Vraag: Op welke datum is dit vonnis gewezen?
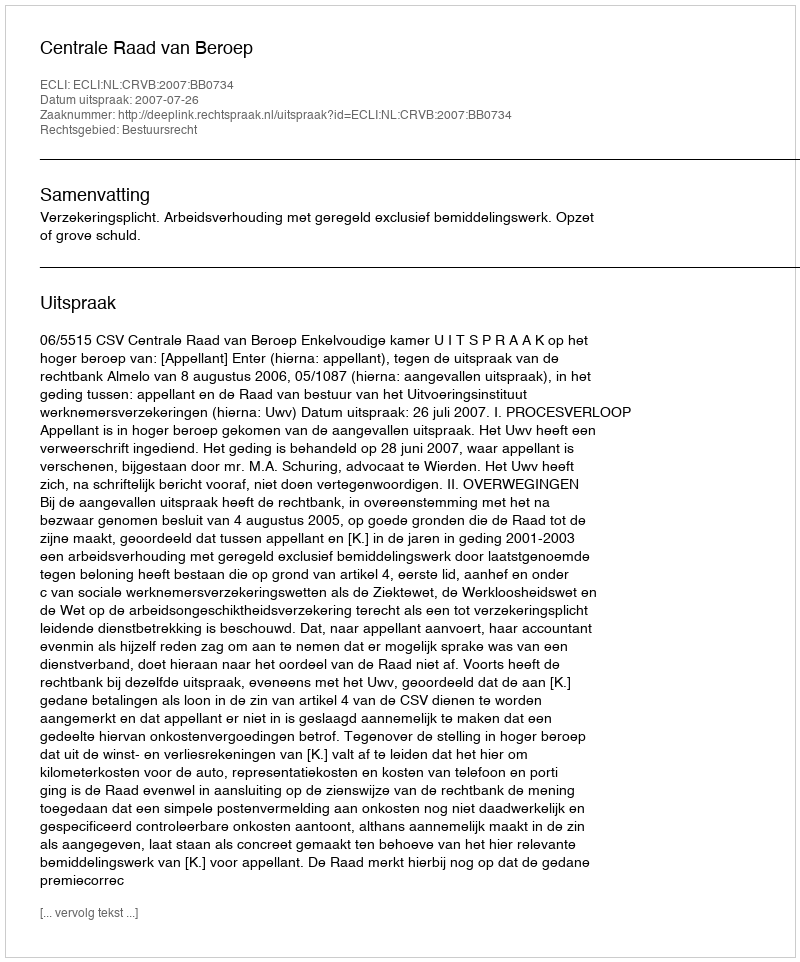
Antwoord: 2007-07-26